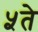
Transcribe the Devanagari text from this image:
५ते